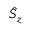
\hat { S } _ { z }